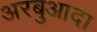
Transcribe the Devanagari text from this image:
अरबुआदा